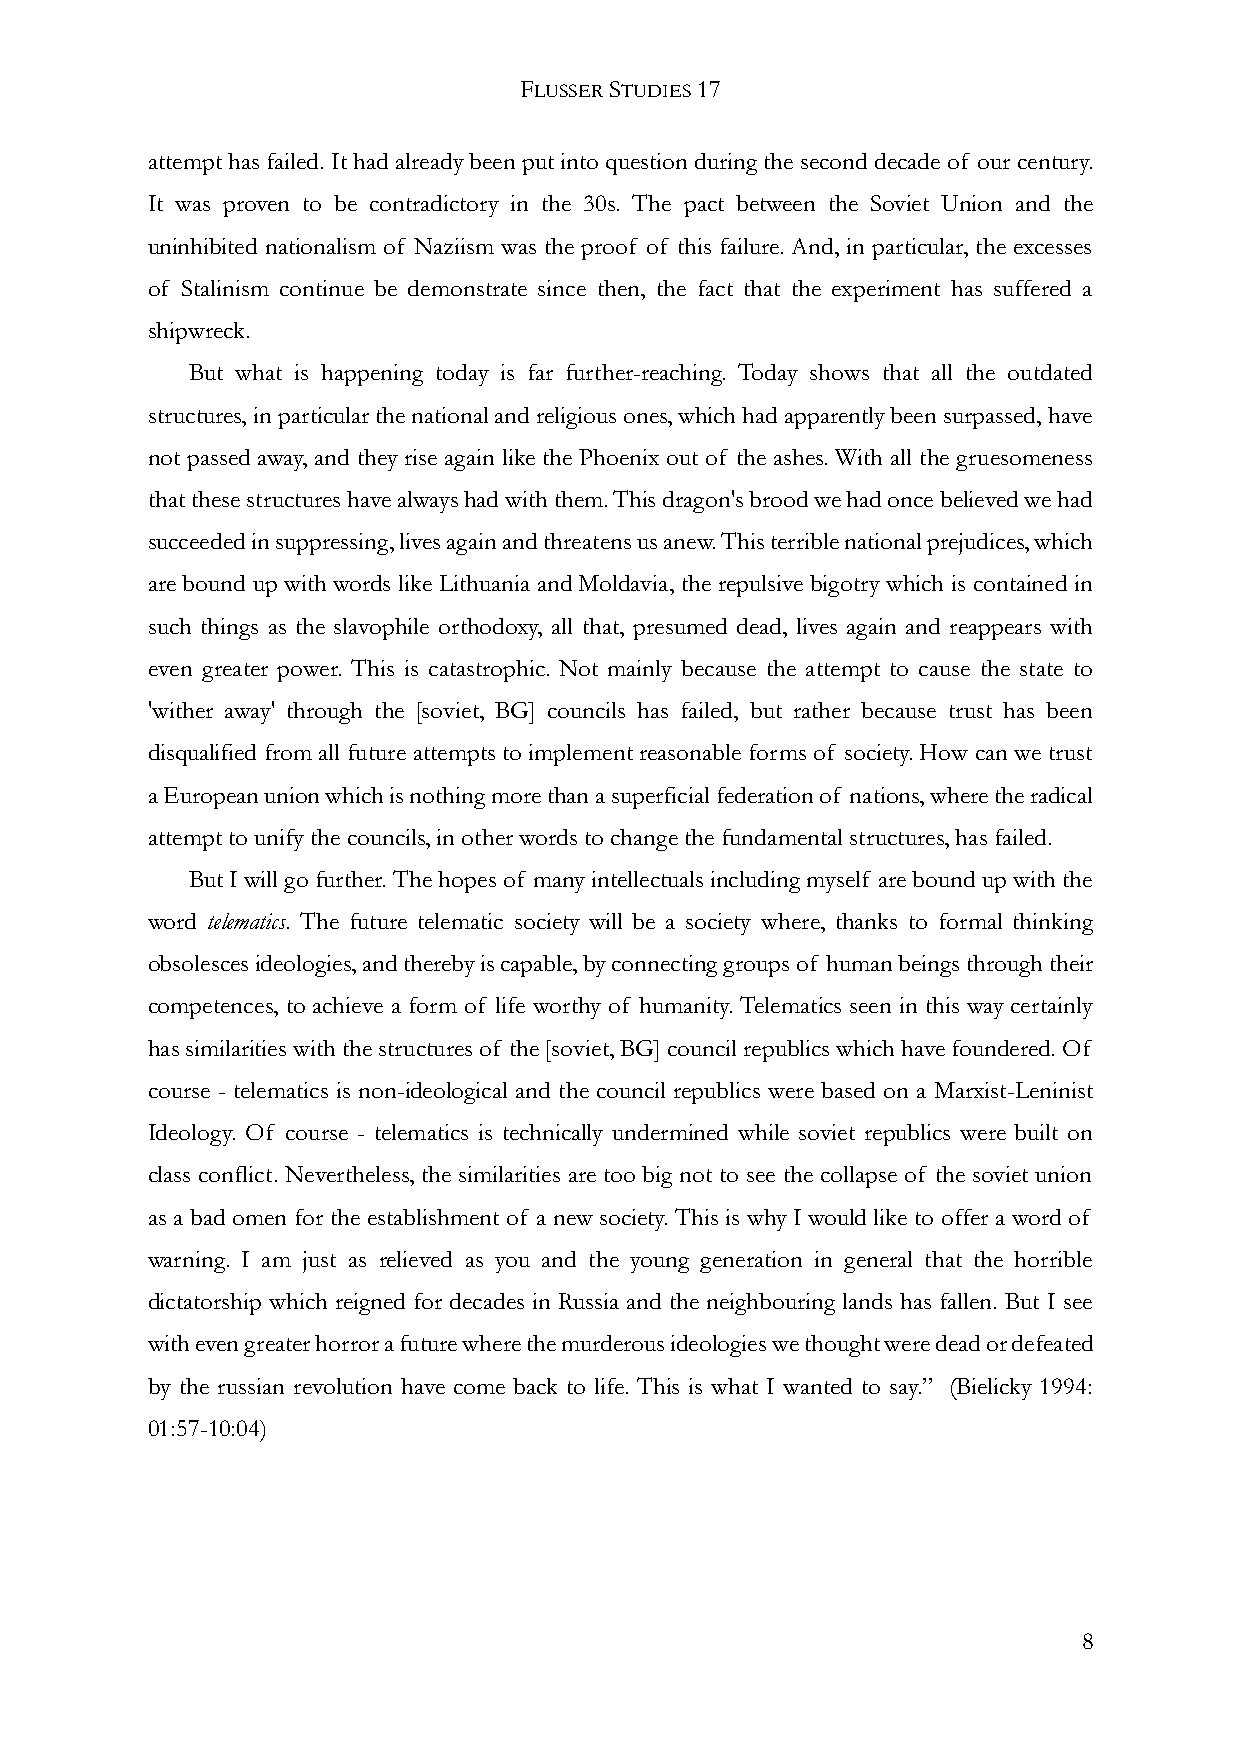
FLUSSER STUDIES 17
 attempt has failed. It had already been put into question during the second decade of our century.
 It was proven to be contradictory in the 30s. The pact between the Soviet Union and the
 uninhibited nationalism of Naziism was the proof of this failure. And, in particular, the excesses
 of Stalinism continue be demonstrate since then, the fact that the experiment has suffered a
 shipwreck.
 But what is happening today is far further-reaching. Today shows that all the outdated
 structures, in particular the national and religious ones, which had apparently been surpassed, have
 not passed away, and they rise again like the Phoenix out of the ashes. With all the gruesomeness
 that these structures have always had with them. This dragon's brood we had once believed we had
 succeeded in suppressing, lives again and threatens us anew. This terrible national prejudices, which
 are bound up with words like Lithuania and Moldavia, the repulsive bigotry which is contained in
 such things as the slavophile orthodoxy, all that, presumed dead, lives again and reappears with
 even greater power. This is catastrophic. Not mainly because the attempt to cause the state to
 'wither away' through the [soviet, BG] councils has failed, but rather because trust has been
 disqualified from all future attempts to implement reasonable forms of society. How can we trust
 a European union which is nothing more than a superficial federation of nations, where the radical
 attempt to unify the councils, in other words to change the fundamental structures, has failed.
 But I will go further. The hopes of many intellectuals including myself are bound up with the
 word telematics. The future telematic society will be a society where, thanks to formal thinking
 obsolesces ideologies, and thereby is capable, by connecting groups of human beings through their
 competences, to achieve a form of life worthy of humanity. Telematics seen in this way certainly
 has similarities with the structures of the [soviet, BG] council republics which have foundered. Of
 course - telematics is non-ideological and the council republics were based on a Marxist-Leninist
 Ideology. Of course - telematics is technically undermined while soviet republics were built on
 class conflict. Nevertheless, the similarities are too big not to see the collapse of the soviet union
 as a bad omen for the establishment of a new society. This is why I would like to offer a word of
 warning. I am just as relieved as you and the young generation in general that the horrible
 dictatorship which reigned for decades in Russia and the neighbouring lands has fallen. But I see
 with even greater horror a future where the murderous ideologies we thought were dead or defeated
 by the russian revolution have come back to life. This is what I wanted to say.” (Bielicky 1994:
 01:57-10:04)
 8